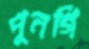
পুনগি